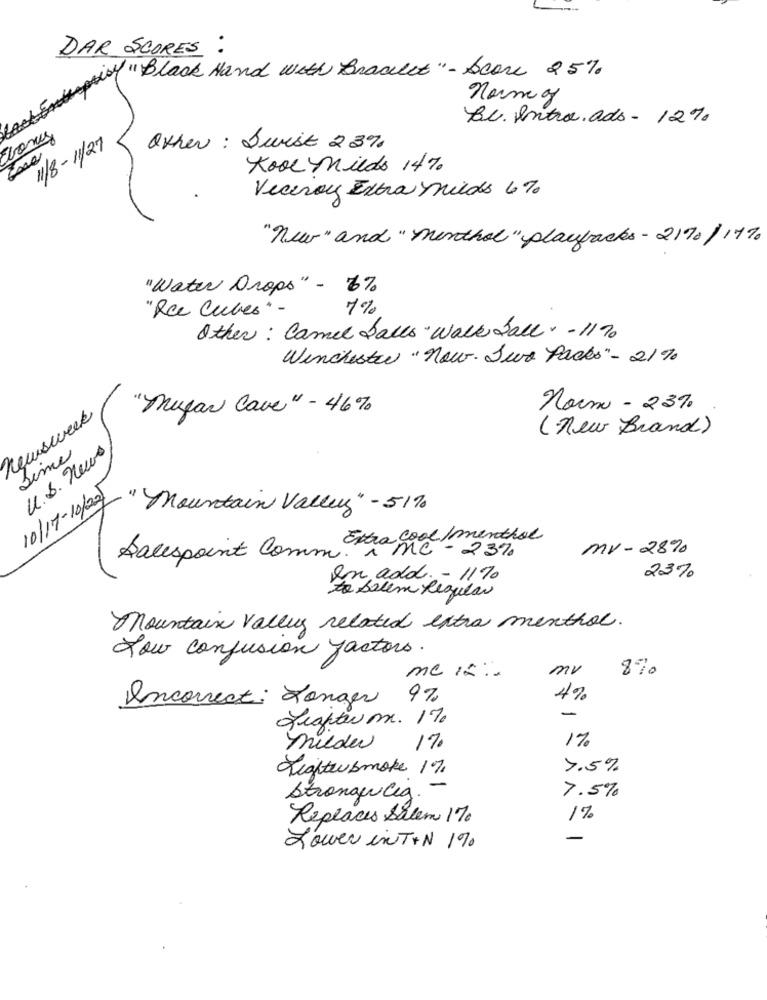
DAR SCORES :
w(Black Hand with Bracket"-Score 25%
normo
Be. entro. ads - 12%
tony
11/8-11/27
Other: Swist 23%
Kool Milds 14%
Viceroy Extra wilds 6%
"new " and " menthol "playbacks - 2170/ 17%
"Water Drops" - 6%.
"Ree Cubes"-
7%
Other: Camel falls Wall ball -1170
Winchester "now. Sur Packs" - 21%
norm - 23%
newsweek
"Mugar Cave " - 46%
(new Brand)
Lime
U.S. news
10/17-10/221
"Mountain Valley" - 5170
cool /menthol
mv- 2890
Salespoint Comm. nº MC - 23%.
23%
en add. - 11%
to belem Regular
Mountain Valley related extra menthol.
Low confusión factors.
me 12 :
mv
8%
Incorrect: Longer 9%
4%
-
fighter m. 17
17
milder
17.
Lightersmoke 17.
7.5%
StrongerCia. -
7.5%
Replaces Salem 17
1%
Lower inT +N 170